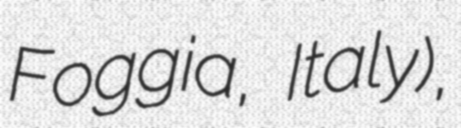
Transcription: Foggia, Italy),